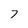
Character: 7